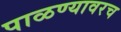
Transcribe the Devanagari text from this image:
पाळण्यावरच